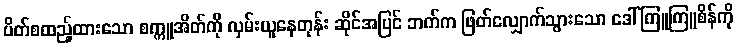
ပိတ်စထည့်ထားသော စက္ကူအိတ်ကို လှမ်းယူနေတုန်း ဆိုင်အပြင် ဘက်က ဖြတ်လျှောက်သွားသော ဒေါ်ကြူကြူစိန်ကို